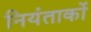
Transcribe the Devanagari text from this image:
नियंताकों